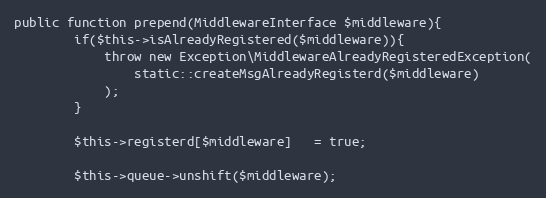
Language: PHP
public function prepend(MiddlewareInterface $middleware){
        if($this->isAlreadyRegistered($middleware)){
            throw new Exception\MiddlewareAlreadyRegisteredException(
                static::createMsgAlreadyRegisterd($middleware)
            );
        }

        $this->registerd[$middleware]   = true;

        $this->queue->unshift($middleware);